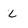
Character: L